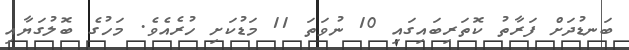
ބަނޑުދަށް ފަރާތު ކޮތަރިބައިގައި 10 ނުވަތަ 11 މަޑުކަށި ހުރެއެވެ. މަހުގެ ބޮލުގަޔާއި